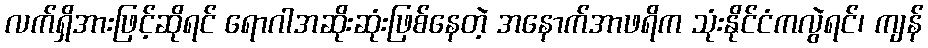
လက်ရှိအားဖြင့်ဆိုရင် ရောဂါအဆိုးဆုံးဖြစ်နေတဲ့ အနောက်အာဖရိက သုံးနိုင်ငံကလွဲရင်၊ ကျန်